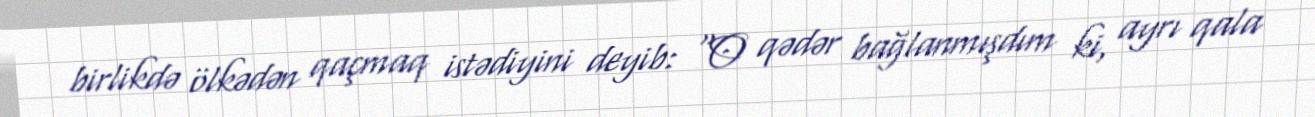
birlikdə ölkədən qaçmaq istədiyini deyib: “O qədər bağlanmışdım ki, ayrı qala